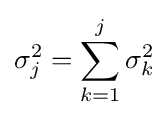
\sigma _{j}^{2}=\sum _{k=1}^{j}\sigma _{k}^{2}